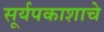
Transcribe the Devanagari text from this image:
सूर्यपकाशाचे